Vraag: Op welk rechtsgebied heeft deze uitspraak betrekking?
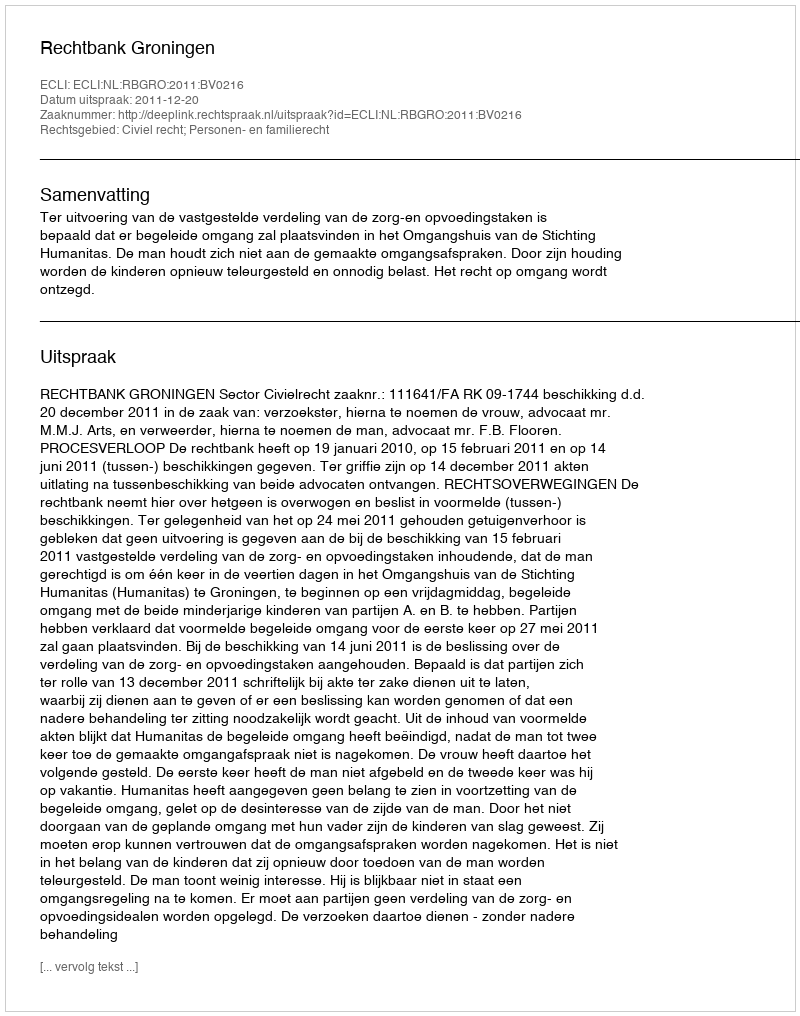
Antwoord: Civiel recht; Personen- en familierecht